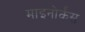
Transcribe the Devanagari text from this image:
माइनोर्कंस